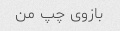
بازوی چپ من